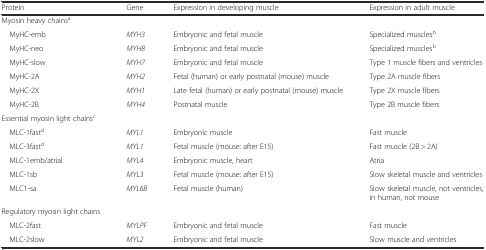
<table><thead><tr><td><b>Protein</b></td><td><b>Gene</b></td><td><b>Expression in developing muscle</b></td><td><b>Expression in adult muscle</b></td></tr></thead><tbody><tr><td>Myosin heavy chains<sup>a</sup></td><td></td><td></td><td></td></tr><tr><td> MyHC-emb</td><td><i>MYH3</i></td><td>Embryonic and fetal muscle</td><td>Specialized muscles<sup>b</sup></td></tr><tr><td> MyHC-neo</td><td><i>MYH8</i></td><td>Embryonic and fetal muscle</td><td>Specialized muscles<sup>b</sup></td></tr><tr><td> MyHC-slow</td><td><i>MYH7</i></td><td>Embryonic and fetal muscle</td><td>Type 1 muscle fibers and ventricles</td></tr><tr><td> MyHC-2A</td><td><i>MYH2</i></td><td>Fetal (human) or early postnatal (mouse) muscle</td><td>Type 2A muscle fibers</td></tr><tr><td> MyHC-2X</td><td><i>MYH1</i></td><td>Late fetal (human) or early postnatal (mouse) muscle</td><td>Type 2X muscle fibers</td></tr><tr><td> MyHC-2B</td><td><i>MYH4</i></td><td>Postnatal muscle</td><td>Type 2B muscle fibers</td></tr><tr><td>Essential myosin light chains<sup>c</sup></td><td></td><td></td><td></td></tr><tr><td> MLC-1fast<sup>d</sup></td><td><i>MYL1</i></td><td>Embryonic muscle</td><td>Fast muscle</td></tr><tr><td> MLC-3fast<sup>d</sup></td><td><i>MYL1</i></td><td>Fetal muscle (mouse: after E15)</td><td>Fast muscle (2B &gt; 2A)</td></tr><tr><td> MLC-1emb/atrial</td><td><i>MYL4</i></td><td>Embryonic muscle, heart</td><td>Atria</td></tr><tr><td> MLC-1sb</td><td><i>MYL3</i></td><td>Fetal muscle (mouse: after E15)</td><td>Slow skeletal muscle and ventricles</td></tr><tr><td> MLC1-sa</td><td><i>MYL6B</i></td><td>Fetal muscle (human)</td><td>Slow skeletal muscle, not ventricles, in human, not mouse</td></tr><tr><td>Regulatory myosin light chains</td><td></td><td></td><td></td></tr><tr><td> MLC-2fast</td><td><i>MYLPF</i></td><td>Embryonic and fetal muscle</td><td>Fast muscle</td></tr><tr><td> MLC-2slow</td><td><i>MYL2</i></td><td>Embryonic and fetal muscle</td><td>Slow muscle and ventricles</td></tr></tbody></table>